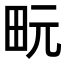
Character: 𪽊